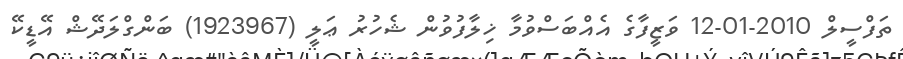
ތަފްސީލް 2010-01-12 ވަޒީފާގެ އެއްބަސްވުމާ ޚިލާފުވުން ޝެހުރު ޢަލީ (1923967) ބަންގްލަދޭޝް އޭޑީކޭ